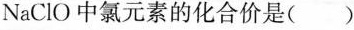
NaCIO中氯元素的化合价是()